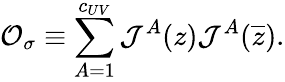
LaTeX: {\cal O}_{\sigma}\equiv\sum_{A=1}^{c_{UV}}{\cal J}^{A}(z){\cal J}^{A}(\overline{{z}}).